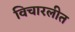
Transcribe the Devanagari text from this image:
विचारलीत